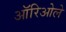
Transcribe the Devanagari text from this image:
ऑरिओले